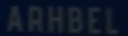
ARHBEL